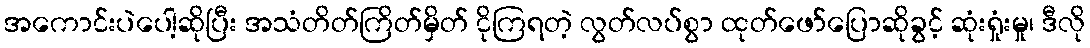
အကောင်းပဲပေါ့ဆိုပြီး အသံတိတ်ကြိတ်မှိတ် ငိုကြရတဲ့ လွတ်လပ်စွာ ထုတ်ဖော်ပြောဆိုခွင့် ဆုံးရှုံးမှု၊ ဒီလို